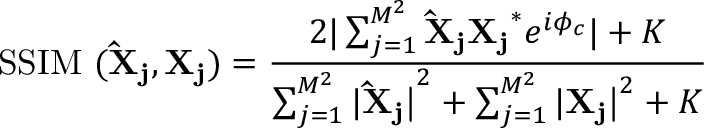
\mathrm { S S I M \ ( \mathbf { \hat { X } _ { j } } , \mathbf { X _ { j } } ) } = \frac { 2 | \sum _ { j = 1 } ^ { M ^ { 2 } } \mathbf { \hat { X } _ { j } } \mathbf { X _ { j } } ^ { * } e ^ { i \phi _ { c } } | + K } { \sum _ { j = 1 } ^ { M ^ { 2 } } | \mathbf { \hat { X } _ { j } | } ^ { 2 } + \sum _ { j = 1 } ^ { M ^ { 2 } } | \mathbf { X _ { j } | } ^ { 2 } + K }